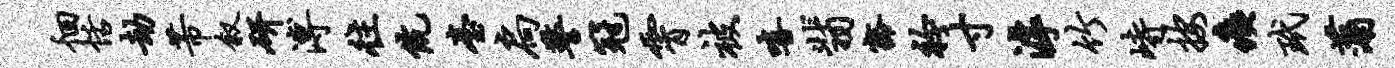
徊恬劫芾叙研溥往伉台扃警冠霄被嘻翡豁衿寸滹竹峙按痍玳蒲